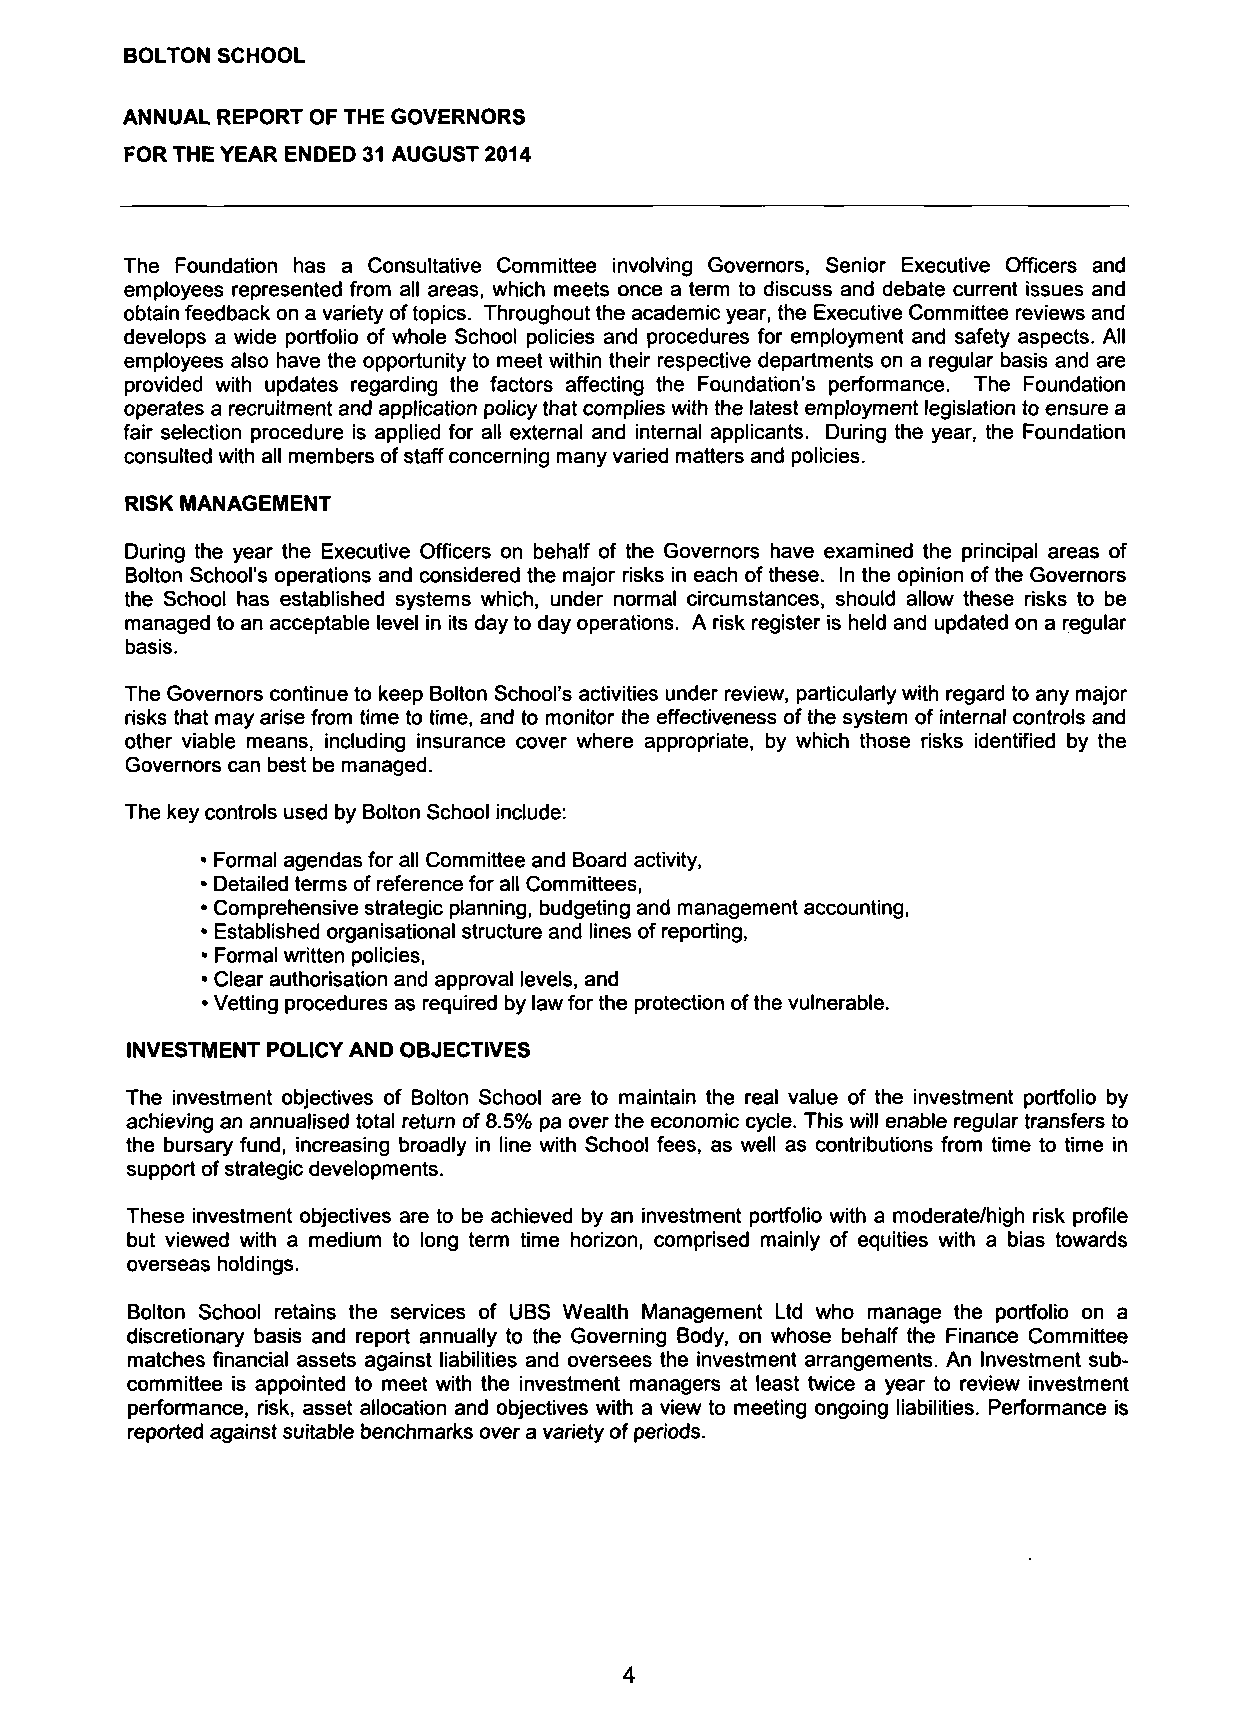
BOLTON SCHOOL
 ANNUAL REPORT OF THE GOVERNORS
 FOR THE YEAR ENDED 31 AUGUST 2014
 The Foundation has a Consultative Committee involving Governors, Senior Executive Officers and
 employees represented from all areas, which meets once a term to discuss and debate current issues and
 obtain feedback on a variety of topics. Throughout the academic year, the Executive Committee reviews and
 develops a wide portfolio of whole School policies and procedures for employment and safety aspects. All
 employees also have the opportunity to meet within their respective departments on a regular basis and are
 provided with updates regarding the factors affecting the Foundation's performance. The Foundation
 operates a recruitment and application policy that complies with the latest employment legislation to ensure a
 fair selection procedure is applied for all external and internal applicants. During the year, the Foundation
 consulted with all members of staff concerning many varied matters and policies.
 RISK MANAGEMENT
 During the year the Executive Officers on behalf of the Governors have examined the principal areas of
 Bolton School's operations and considered the major risks in each of these. In the opinion of the Governors
 the School has established systems which, under normal circumstances, should allow these risks to be
 managed to an acceptable level in its day to day operations. A risk register is held and updated on a regular
 basis.
 The Governors continue to keep Bolton School's activities under review, particularly with regard to any major
 risks that may arise from time to time, and to monitor the effectiveness of the system of internal controls and
 other viable means, including insurance cover where appropriate, by which those risks identified by the
 Governors can best be managed.
 The key controls used by Bolton School include:
 • Formal agendas for all Committee and Board activity,
 • Detailed terms of reference for all Committees,
 • Comprehensive strategic planning, budgeting and management accounting,
 • Established organisational structure and lines of reporting,
 • Formal written policies,
 • Clear authorisation and approval levels, and
 • Vetting procedures as required by law for the protection of the vulnerable.
 INVESTMENT POLICY AND OBJECTIVES
 The investment objectives of Bolton School are to maintain the real value of the investment portfolio by
 achieving an annualised total return of 8.5% pa over the economic cycle. This will enable regular transfers to
 the bursary fund, increasing broadly in line with School fees, as well as contributions from time to time in
 support of strategic developments.
 These investment objectives are to be achieved by an investment portfolio with a moderate/high risk profile
 but viewed with a medium to long term time horizon, comprised mainly of equities with a bias towards
 overseas holdings.
 Bolton School retains the services of UBS Wealth Management Ltd who manage the portfolio on a
 discretionary basis and report annually to the Governing Body, on whose behalf the Finance Committee
 matches financial assets against liabilities and oversees the investment arrangements. An Investment sub
 committee is appointed to meet with the investment managers at least twice a year to review investment
 performance, risk, asset allocation and objectives with a view to meeting ongoing liabilities. Performance is
 reported against suitable benchmarks over a variety of periods.
 4